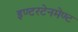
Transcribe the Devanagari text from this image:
इण्टरटेनमेण्ट